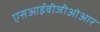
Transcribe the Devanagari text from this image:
एसआईवीजीओआर